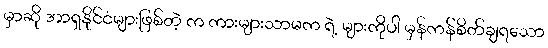
မှာဆို အာရှနိုင်ငံများဖြစ်တဲ့ က ကားများသာမက ရဲ့ များကိုပါ မှန်ကန်စိတ်ချရသော